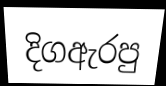
දිගඇරපු